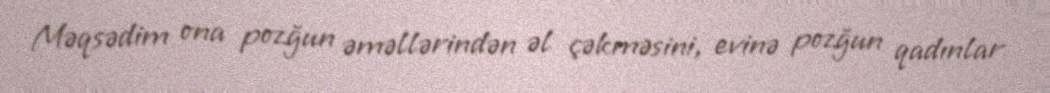
Məqsədim ona pozğun əməllərindən əl çəkməsini, evinə pozğun qadınlar